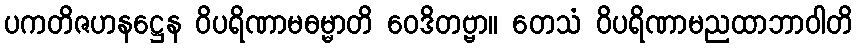
ပကတိဇဟနဋ္ဌေန ဝိပရိဏာမဓမ္မာတိ ဝေဒိတဗ္ဗာ။ တေသံ ဝိပရိဏာမညထာဘာဝါတိ